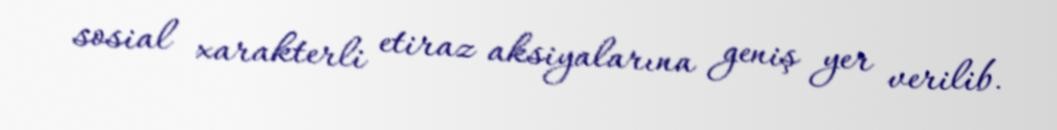
sosial xarakterli etiraz aksiyalarına geniş yer verilib.